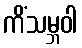
ကိံသမ္ဘဝါ